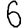
Digit: 6